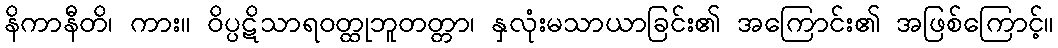
နိကာနီတိ၊ ကား။ ဝိပ္ပဋိသာရဝတ္ထုဘူတတ္တာ၊ နှလုံးမသာယာခြင်း၏ အကြောင်း၏ အဖြစ်ကြောင့်။